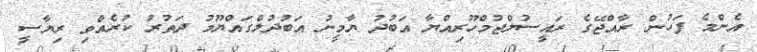
އެންމެ ފަހުން ރާއްޖޭގެ ރައީސުލްޖުމްހޫރިއްޔާ އަބުދު ޔާމީނު އަބުދުލްގައްޔޫމު ދަތުރު ކުރެއްވި ރިޔާސީ